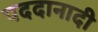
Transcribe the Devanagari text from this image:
पददानादी